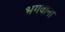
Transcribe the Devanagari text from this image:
भगवाना